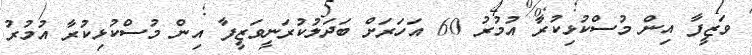
ވަޒީފާ އިން މުސްކުޅިކުރާ އުމުރު 60 އަހަރަށް ބަދަލުކުރަނީވަޒީފާ އިން މުސްކުޅިކުރާ އުމުރު